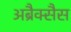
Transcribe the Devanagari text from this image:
अब्रैक्सैस